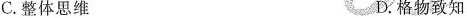
C.整体思维 D.格物致知